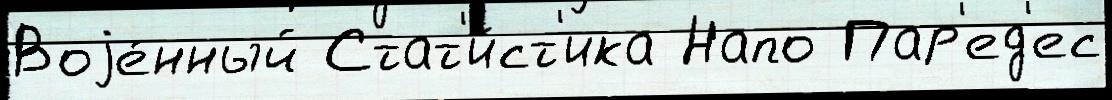
Воjе́нный Стат'и́ст'ика Напо Пар'ед'ес